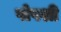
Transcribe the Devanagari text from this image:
पोपशी